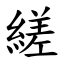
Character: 縒